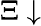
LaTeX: \Xi\downarrow